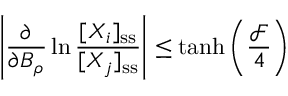
\left| \frac { \partial } { \partial B _ { \rho } } \ln \frac { [ X _ { i } ] _ { \mathrm { s s } } } { [ X _ { j } ] _ { \mathrm { s s } } } \right| \leq \operatorname { t a n h } \left( \frac { \mathcal { F } } { 4 } \right)